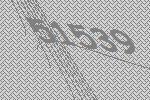
51539